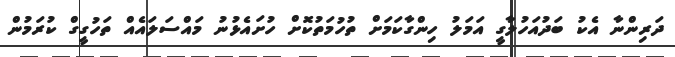
ދަރިންނާ އެކު ބަދުއަހުލާގީ އަމަލު ހިންގާކަމަށް ތުހުމަތުކޮށް ހުށައެޅުނު މައްސަލައެއް ތަހުގީގް ކުރަމުން